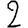
Digit: 2